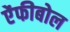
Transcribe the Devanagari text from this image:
ऐंफीबोल